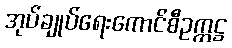
အုပ်ချုပ်ရေးကောင်စီဥက္ကဋ္ဌ